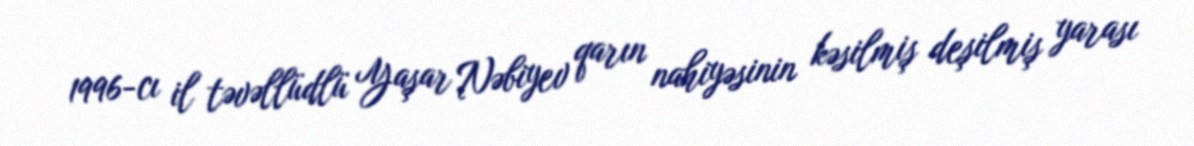
1996-cı il təvəllüdlü Yaşar Nəbiyev qarın nahiyəsinin kəsilmiş deşilmiş yarası